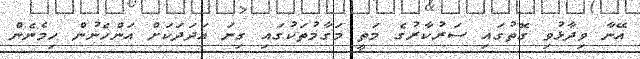
އޭނާ ވިދާޅުވި ގޮތުގައި ސަރުކާރުގެ މަތީ މަގާމުތަކުގައި ގިނަ އަދަދަކަށް އަންހެނުން ހިމެނެން